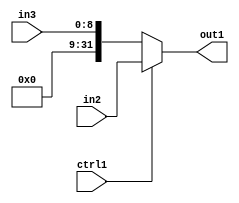
`timescale 1ps / 1ps
/*****************************************************************************
    Verilog RTL Description
    
    
    Created by: Stratus DpOpt 21.05.01 
*******************************************************************************/

module SobelFilter_N_Mux_32_2_64_4 (
	in3,
	in2,
	ctrl1,
	out1
	); /* architecture "behavioural" */ 
input [8:0] in3;
input [31:0] in2;
input  ctrl1;
output [31:0] out1;
wire [31:0] asc001;

reg [31:0] asc001_tmp_0;
assign asc001 = asc001_tmp_0;
always @ (ctrl1 or in2 or in3) begin
	case (ctrl1)
		1'B1 : asc001_tmp_0 = in2 ;
		default : asc001_tmp_0 = in3 ;
	endcase
end

assign out1 = asc001;
endmodule

/* CADENCE  uLfyTg0= : u9/ySxbfrwZIxEzHVQQV8Q== ** DO NOT EDIT THIS LINE ******/